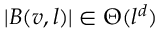
| B ( v , l ) | \in \Theta ( l ^ { d } )